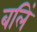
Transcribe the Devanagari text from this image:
बलिं